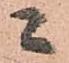
ニ